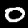
Digit: 0